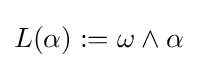
L(\alpha ):=\omega \wedge \alpha